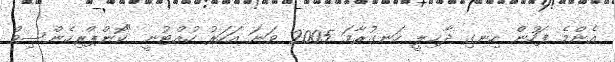
އެންމެ ފަހުން ހިނގި ދާޚިލީ ހަނގުރާމަ 2005 ވަނަ އަހަރު ހުއްޓުނީ "ކޮންޕްރިހެންސިވް